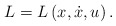
\begin{align*}L=L\left( x,\dot{x},u\right) . \end{align*}